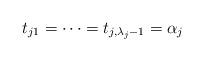
LaTeX: \begin{align*}t_{j1}=\dots =t_{j,\lambda _j-1}=\alpha _j\end{align*}